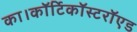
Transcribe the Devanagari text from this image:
का।कॉर्टिकॉस्टरॉएड